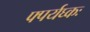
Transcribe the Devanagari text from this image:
फ्पर्यघ्कः